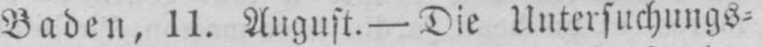
Baden, 11. August - Die Untersuchungs⸗